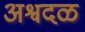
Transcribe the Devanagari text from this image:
अश्वदळ